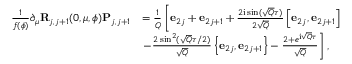
\begin{array} { r l } { \frac { 1 } { f ( \phi ) } \partial _ { \mu } \mathbf { R } _ { j , j + 1 } ( 0 , \mu , \phi ) \mathbf { P } _ { j , j + 1 } } & { = \frac { 1 } { Q } \left[ \mathbf { e } _ { 2 j } + \mathbf { e } _ { 2 j + 1 } + \frac { 2 \mathrm { i } \sin ( \sqrt { Q } \tau ) } { 2 \sqrt { Q } } \left[ \mathbf { e } _ { 2 j } , \mathbf { e } _ { 2 j + 1 } \right] \right. } \\ & { \left. - \frac { 2 \sin ^ { 2 } ( \sqrt { Q } \tau / 2 ) } { \sqrt { Q } } \left\{ \mathbf { e } _ { 2 j } , \mathbf { e } _ { 2 j + 1 } \right\} - \frac { 2 + e ^ { \mathrm { i } \sqrt { Q } \tau } } { \sqrt { Q } } \right] , } \end{array}